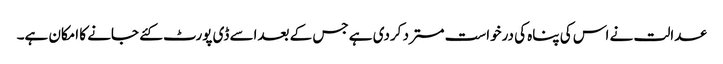
عدالت نے اس کی پناہ کی درخواست مسترد کردی ہے جس کے بعداسے ڈی پورٹ کئے جانے کا امکان ہے۔